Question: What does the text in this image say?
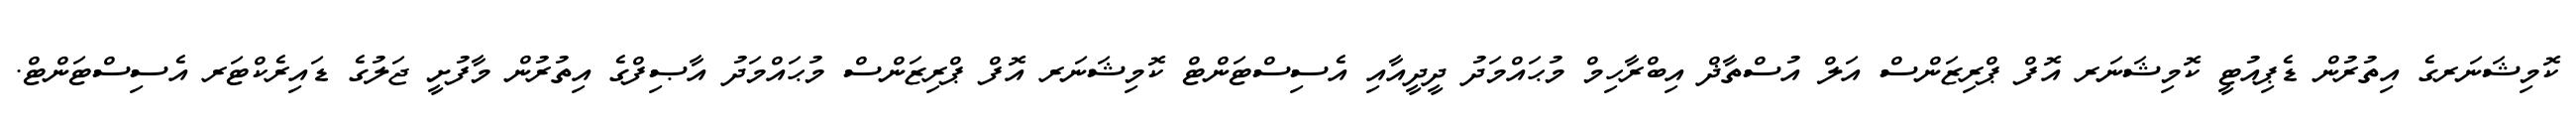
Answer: ކޮމިޝަނަރގެ އިތުރުން ޑެޕިއުޓީ ކޮމިޝަނަރ އޮފް ޕްރިޒަންސް އަލް އުސްތާޛް އިބްރާހިމް މުޙައްމަދު ދީދީއާއި އެސިސްޓަންޓް ކޮމިޝަނަރ އޮފް ޕްރިޒަންސް މުޙައްމަދު އާޞިފްގެ އިތުރުން މާފުށީ ޖަލުގެ ޑައިރެކްޓަރ އެސިސްޓަންޓް.